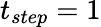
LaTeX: t_{step}=1